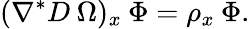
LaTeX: (\nabla^{*}D\: \Omega)_{x}\: \Phi=\rho_{x}\: \Phi.